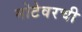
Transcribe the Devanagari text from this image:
मोटेवरची